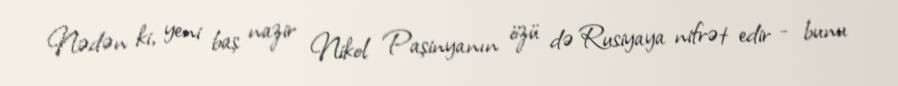
Nədən ki, yeni baş nazir Nikol Paşinyanın özü də Rusiyaya nifrət edir - bunu